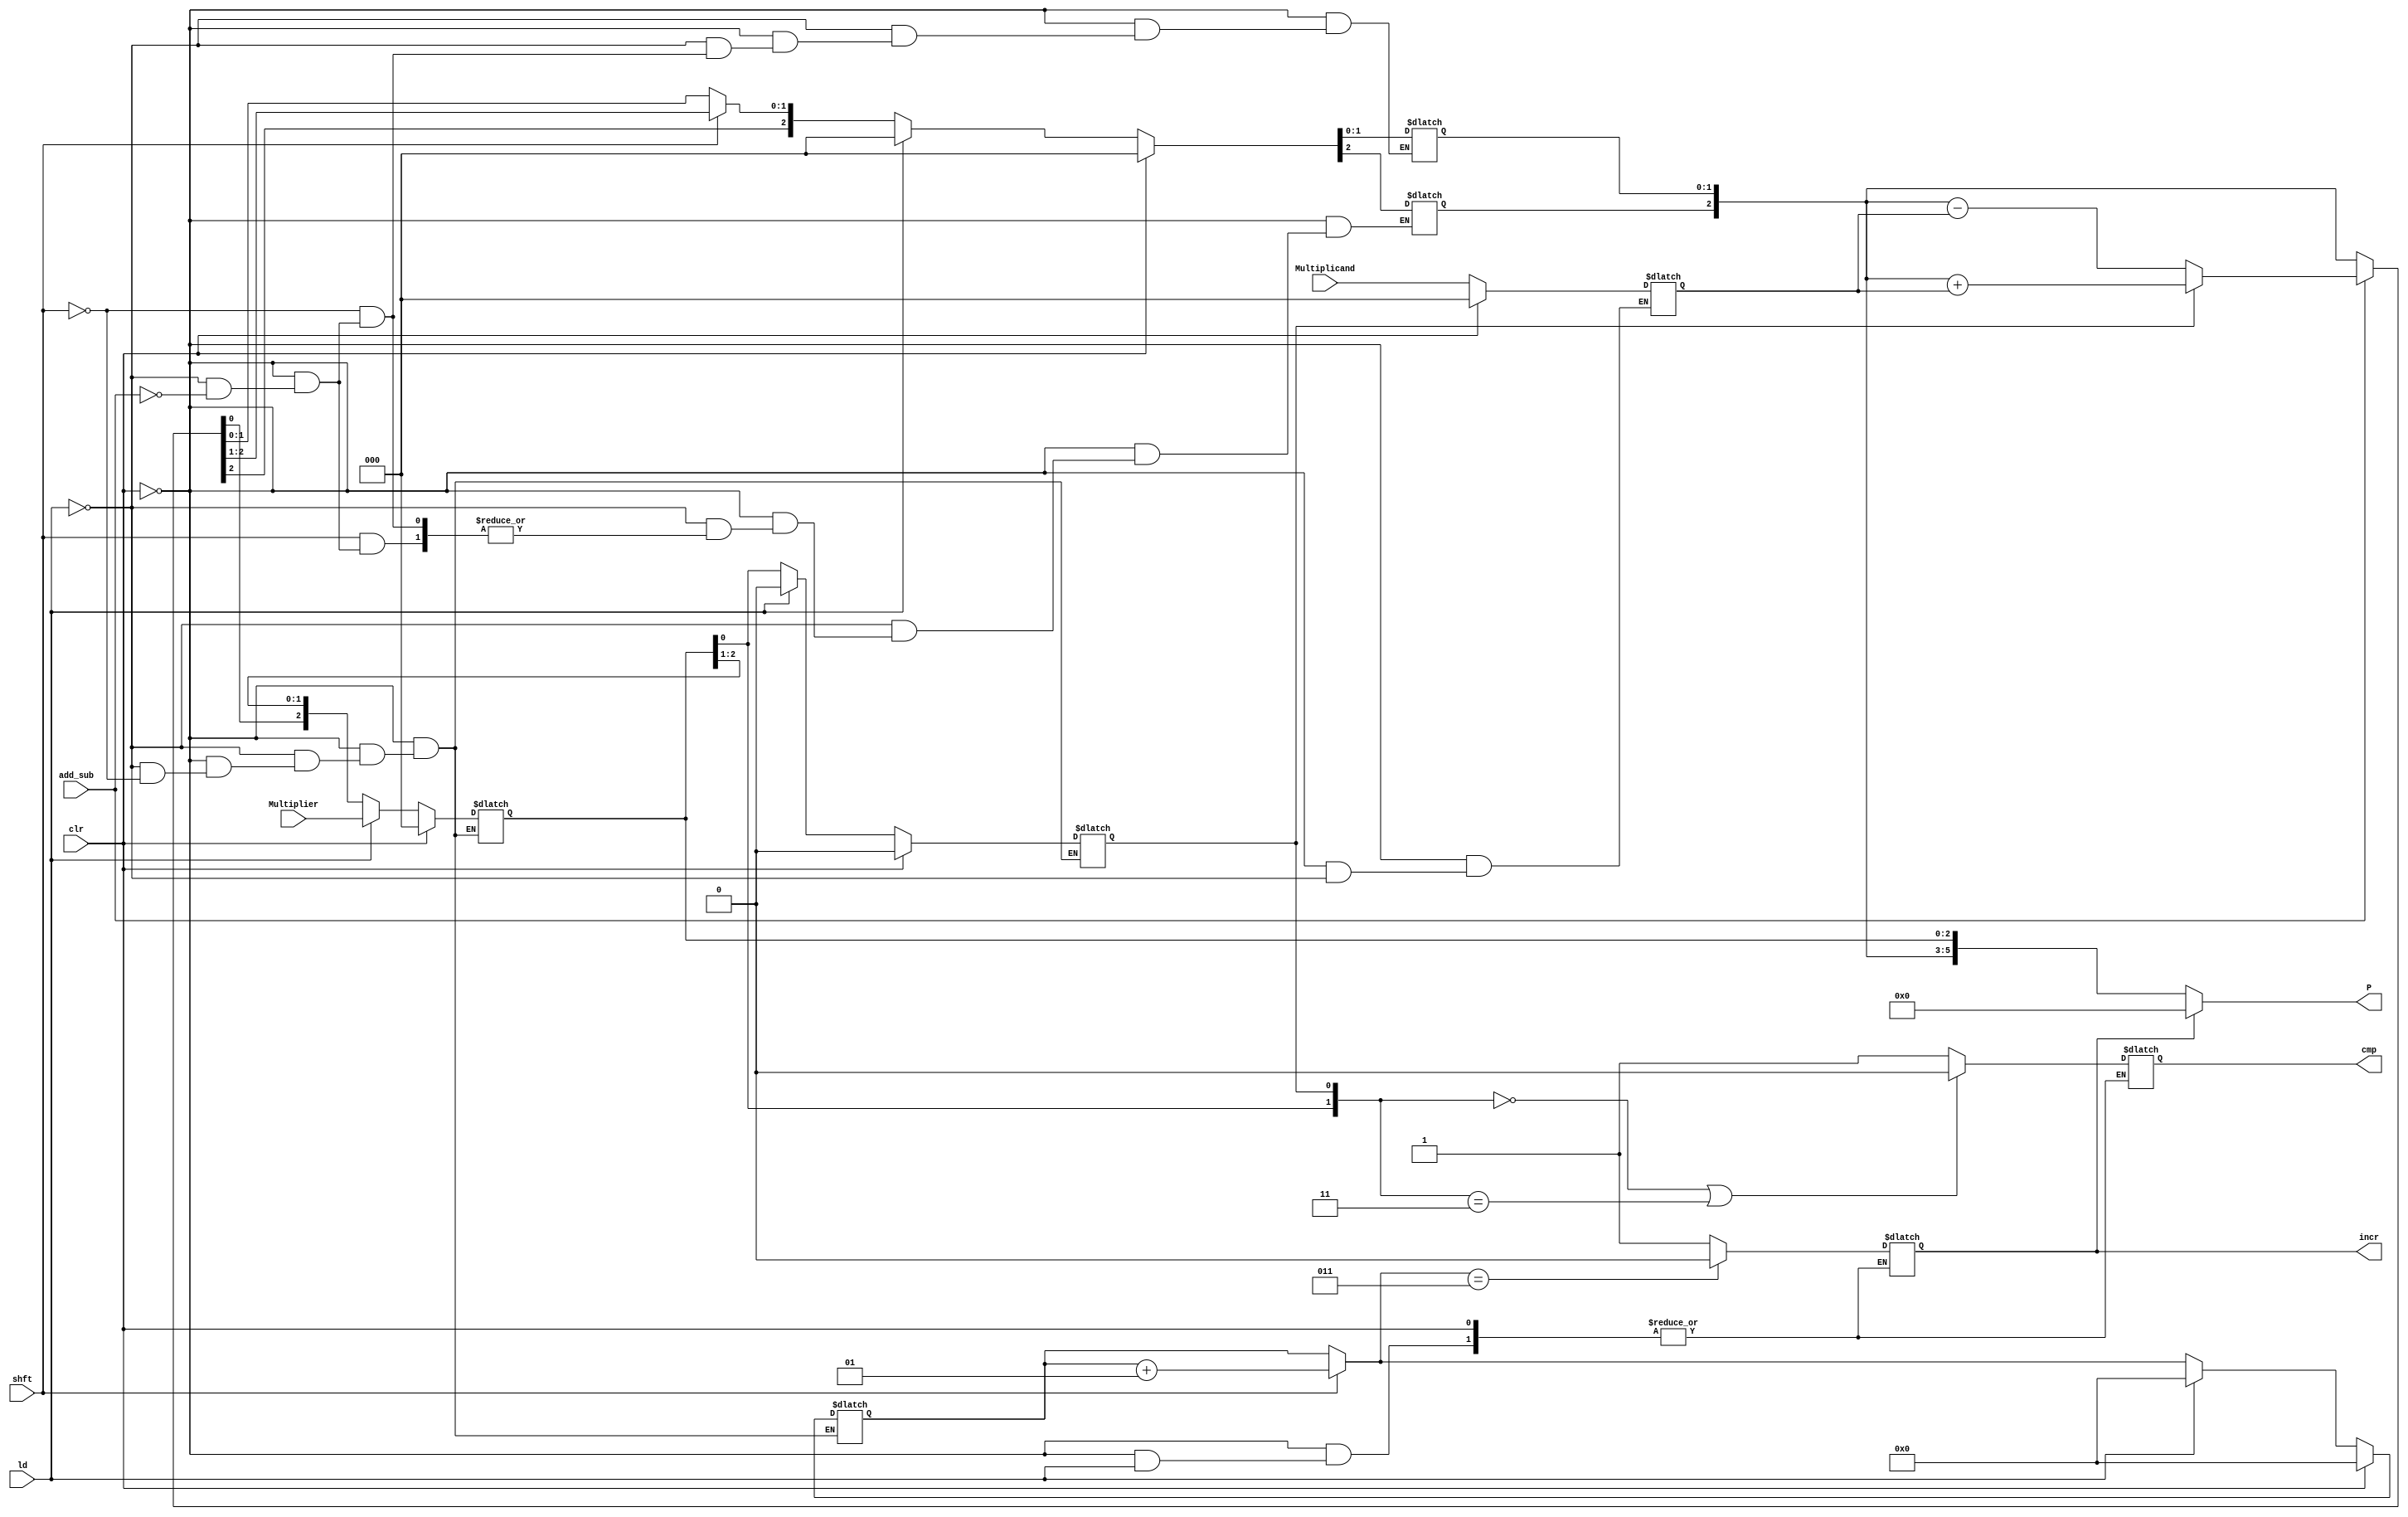
module bth_mlt #(parameter N=6,parameter n=3) (P,cmp,incr,Multiplier,Multiplicand,clr,ld, add_sub,shft);

input [n-1:0] Multiplier, Multiplicand;
input clr,ld, add_sub,shft;
output reg cmp,incr;
output wire [N-1:0] P ;

reg [n-1:0] Q;
reg q;
reg [n-1:0] M;
reg [n-1:0] A;
 
integer count;




always@(*)
begin
/////////////////TO CLEAR REGISTERS////////////////
	if(clr)
	begin
	  M<=0;q<=0;
	  Q[n-1:0]=0; 
	  A<=0;count<=0;
        end
//////////////TO LOAD REGISTERS////////////////////
	else if(ld)
	begin
          M=Multiplicand;
	  Q[n-1:0]=Multiplier; q=0;
	  A=0;count=0; 
        end
///////////EXECUTION STAGE///////////////////////
	else
	begin
	  incr=1;
////////////COMPARE BITS TO CHECK IF TO SHIFT OR PERFORM ARITHMETIC///////////
	  if({Q[0],q}== 2'b00 || {Q[0],q}== 2'b11)
	  begin
            cmp=0;
	  end
	  else
	  begin	  
	    cmp=1;
	  end
/////////////CHECK BITS TO PERFORM ADDITION OR SUBTRACTION//////////////	  
	  if(add_sub)
	  begin
	    if(q)
	    begin
		    A=A+M;
	    end
	    else
	    begin
		    A=A-M;
	    end
	  end
//////////////////PERFORM RIGHT SHIFT/////////////////////////////////
	  if(shft)
	  begin
		  {A,Q,q}={A[n-1],A,Q};
		  count=count+1;
	  end
////////////////TO COUNT THE NO.OF SHIFTS AND OBTAIN RESULT AT CORRECT NUMBER OF SHIFTS//////////////////////////////////////////          
	  if(count==n)
          begin
		  incr=0;
	  end
	  else
	  begin
		  incr=1;
	  end	 
        end

end	

///////////////assign output//////////////
    assign P=(incr)?0: {A,Q};

endmodule